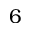
6